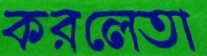
করলেতা